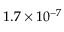
1 . 7 \times 1 0 ^ { - 7 }